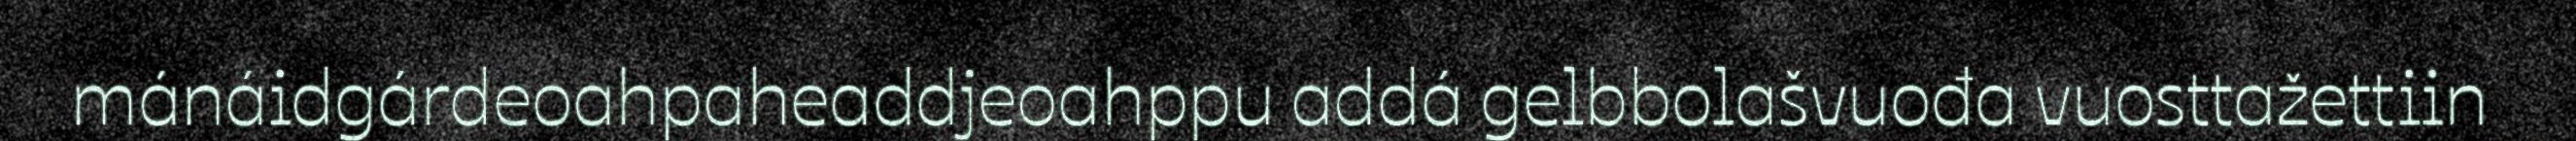
mánáidgárdeoahpaheaddjeoahppu addá gelbbolašvuođa vuosttažettiin